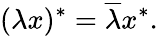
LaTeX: (\lambda x)^{*}={\overline{{\lambda}}}x^{*}.